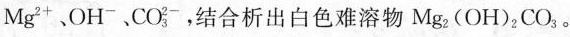
Mg_{2+|﹑OH_{-|CO_{3}^{2-}，结合析出白色难溶物Mg_{2|OH_{2|CO_{3|。